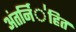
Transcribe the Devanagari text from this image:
अंतर्नि॑हित